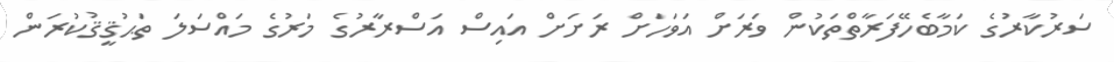
ސަރުކާރުގެ ކަމާބެހޭފަރާތްތަކުން ވަރަށް އަވަހަށް ރަށަށް އައިސް އަސްރާރުގެ މަރުގެ މައްސަލަ ތަޙުޤީޤުކުރަން